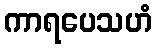
ကာရပေသဟံ